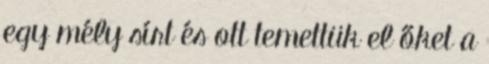
egy mély sírt és ott temettük el őket a